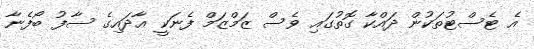
އެ ޓެސްޓުތަކުން ދައްކާ ގޮތުގައި ވެސް ޒަމްޒަމް ފެނަކީ އާދައިގެ ސާފު ބޯފެނާ